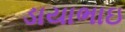
ડાયાભાઇ